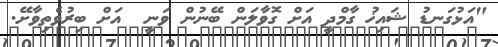
"އަޅުގަނޑު ޝައިޚު ގާމްދީ އަށް ގޮވާލަން ބޭނުން ވަނީ  އަށް ބިރުވެތިވާށޭ.